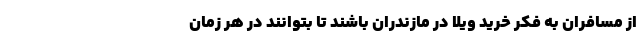
از مسافران به فکر خرید ویلا در مازندران باشند تا بتوانند در هر زمان